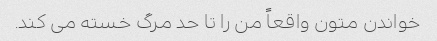
خواندن متون واقعاً من را تا حد مرگ خسته می کند.